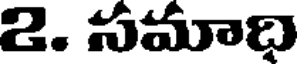
2. సమాది